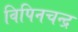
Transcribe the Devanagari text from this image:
विपिनचन्द्र